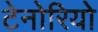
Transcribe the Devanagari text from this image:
टेनोरियो